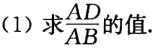
(1) 求$\frac{AD}{AB}$的值.